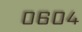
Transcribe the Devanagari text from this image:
०६०४